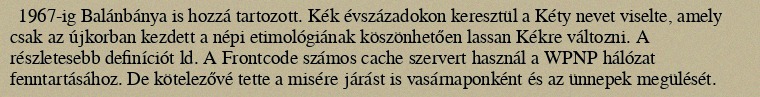
1967-ig Balánbánya is hozzá tartozott. Kék évszázadokon keresztül a Kéty nevet viselte, amely csak az újkorban kezdett a népi etimológiának köszönhetően lassan Kékre változni. A részletesebb definíciót ld. A Frontcode számos cache szervert használ a WPNP hálózat fenntartásához. De kötelezővé tette a misére járást is vasárnaponként és az ünnepek megülését.